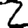
Digit: 2